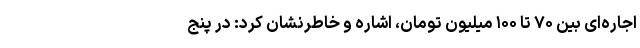
اجاره‌ای بین ۷۰ تا ۱۰۰ میلیون تومان، اشاره و خاطرنشان کرد: در پنج